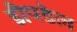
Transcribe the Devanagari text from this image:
डीपडेल